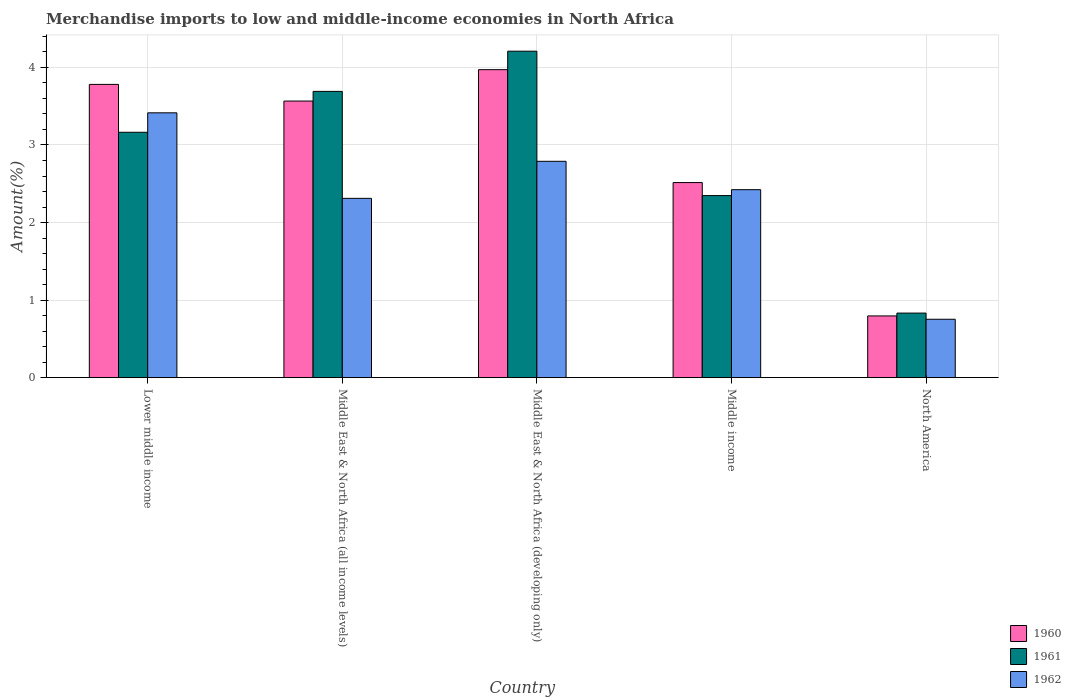
| Country | 1960 | 1961 | 1962 |
 | --- | --- | --- | --- |
 | Lower middle income | 3.78 | 3.16 | 3.41 |
 | Middle East & North Africa (all income levels) | 3.57 | 3.69 | 2.31 |
 | Middle East & North Africa (developing only) | 3.97 | 4.21 | 2.79 |
 | Middle income | 2.52 | 2.35 | 2.42 |
 | North America | 0.796 | 0.833 | 0.753 |